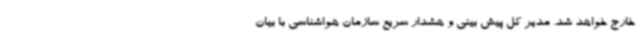
خارج خواهد شد. مدیر کل پیش بینی و هشدار سریع سازمان هواشناسی با بیان